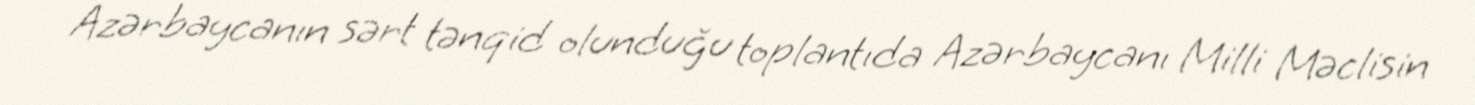
Azərbaycanın sərt tənqid olunduğu toplantıda Azərbaycanı Milli Məclisin